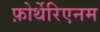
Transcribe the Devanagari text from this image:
फ़ोर्थेरिएनम